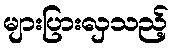
များပြားလှသည့်